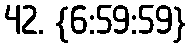
42. {6:59:59}